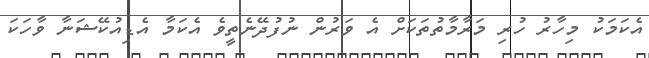
އެކަމަކު މިހާރު ހުރި މަރާމާތުތަކަށް އެ ވަރުން ނުފުދޭނެތީވެ އެކަމާ އެޑިއުކޭޝަނާ ވާހަކަ